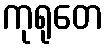
ကုရုတေ